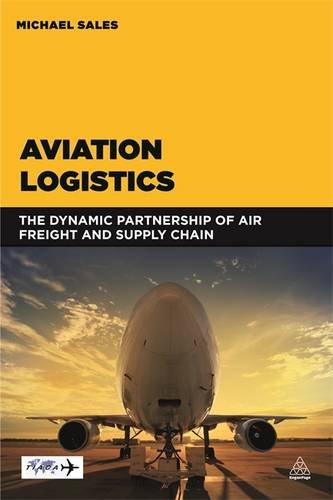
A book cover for Aviation Logistics: The Dynamic Partnership of Air Freight and Supply Chain; Michael Sales; Business & Money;